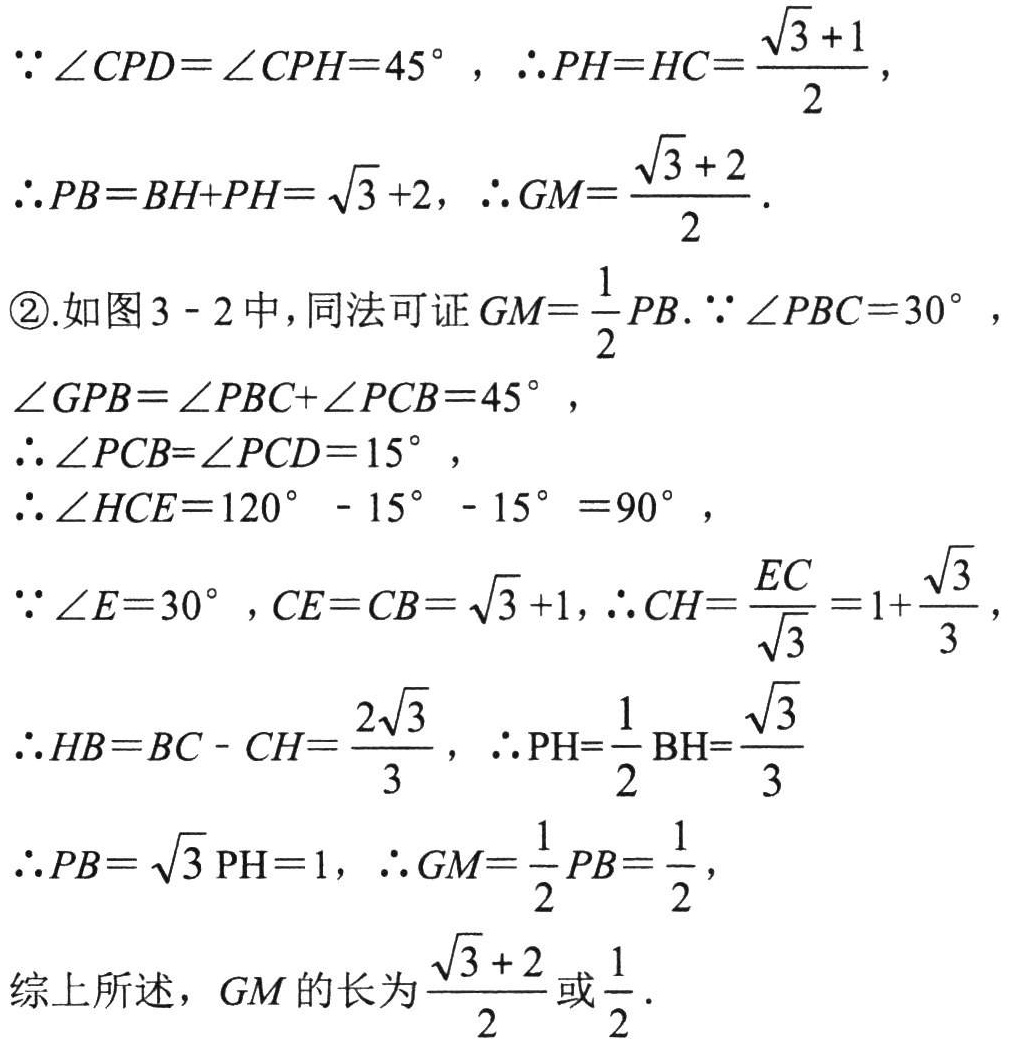
$\because\angle CPD = \angle CPH = 45^{\circ}$，$\therefore PH=HC=\frac{\sqrt{3}+1}{2}$，
$\therefore PB=BH + PH=\sqrt{3}+2$，$\therefore GM=\frac{\sqrt{3}+2}{2}$．
\textcircled{2}.如图3 - 2中，同法可证$GM=\frac{1}{2}PB$．$\because\angle PBC = 30^{\circ}$，
$\angle GPB=\angle PBC+\angle PCB = 45^{\circ}$，
$\therefore\angle PCB=\angle PCD = 15^{\circ}$，
$\therefore\angle HCE = 120^{\circ}-15^{\circ}-15^{\circ}=90^{\circ}$，
$\because\angle E = 30^{\circ}$，$CE = CB=\sqrt{3}+1$，$\therefore CH=\frac{EC}{\sqrt{3}}=1+\frac{\sqrt{3}}{3}$，
$\therefore HB = BC - CH=\frac{2\sqrt{3}}{3}$，$\therefore PH=\frac{1}{2}\text{BH}=\frac{\sqrt{3}}{3}$
$\therefore PB=\sqrt{3}\text{PH}=1$，$\therefore GM=\frac{1}{2}PB=\frac{1}{2}$，
综上所述，$GM$的长为$\frac{\sqrt{3}+2}{2}$或$\frac{1}{2}$．